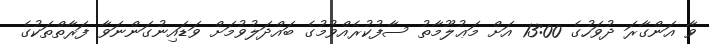
ވާ އަންގާރަ ދުވަހުގެ 13:00 އަށް މަޢުލޫމާތު ސާފުކުރެއްވުމުގެ ބައްދަލުވުމަށް ވަޑައިނުގަންނަވާ ފަރާތްތަކުގެ